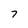
Character: 7